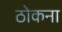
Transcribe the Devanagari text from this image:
ठोकना